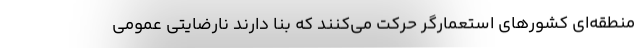
منطقه‌ای کشورهای استعمارگر حرکت می‌کنند که بنا دارند نارضایتی عمومی